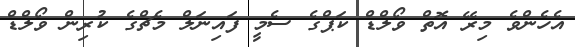
އެހެންވެ މިރޭ އޮތް ވޯލްޑް ކަޕްގެ ސެމީ ފައިނަލް މެޗްގެ ކުރިން ވޯލްޑް